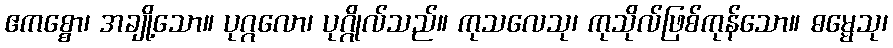
ဧကစ္စော၊ အချို့သော။ ပုဂ္ဂလော၊ ပုဂ္ဂိုလ်သည်။ ကုသလေသု၊ ကုသိုလ်ဖြစ်ကုန်သော။ ဓမ္မေသု၊